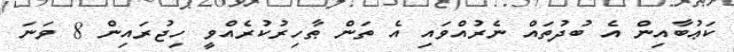
ކަޢުބާއިން އެ ބުދުތައް ނެރުއްވައި އެ ތަން ޠާހިރުކުރެއްވީ ހިޖުރައިން 8 ވަނަ